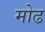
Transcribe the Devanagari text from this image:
मोढ